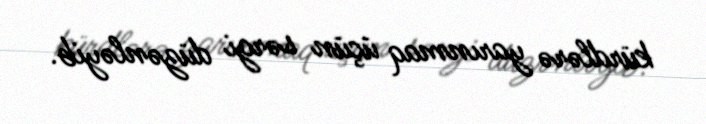
kürdlərə yarınmaq üçün sərgi düzənləyib.